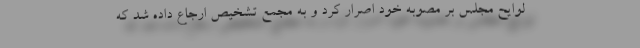
لوایح مجلس بر مصوبه خود اصرار کرد و به مجمع تشخیص ارجاع داده شد که